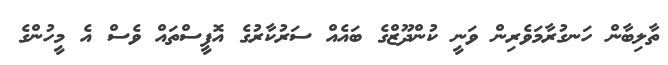
ތާލިބާން ހަނގުރާމަވެރިން ވަނީ ކުންދޫޒްގެ ބައެއް ސަރުކާރުގެ އޮފީސްތައް ވެސް އެ މީހުންގެ